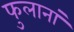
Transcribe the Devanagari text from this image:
फुलानां